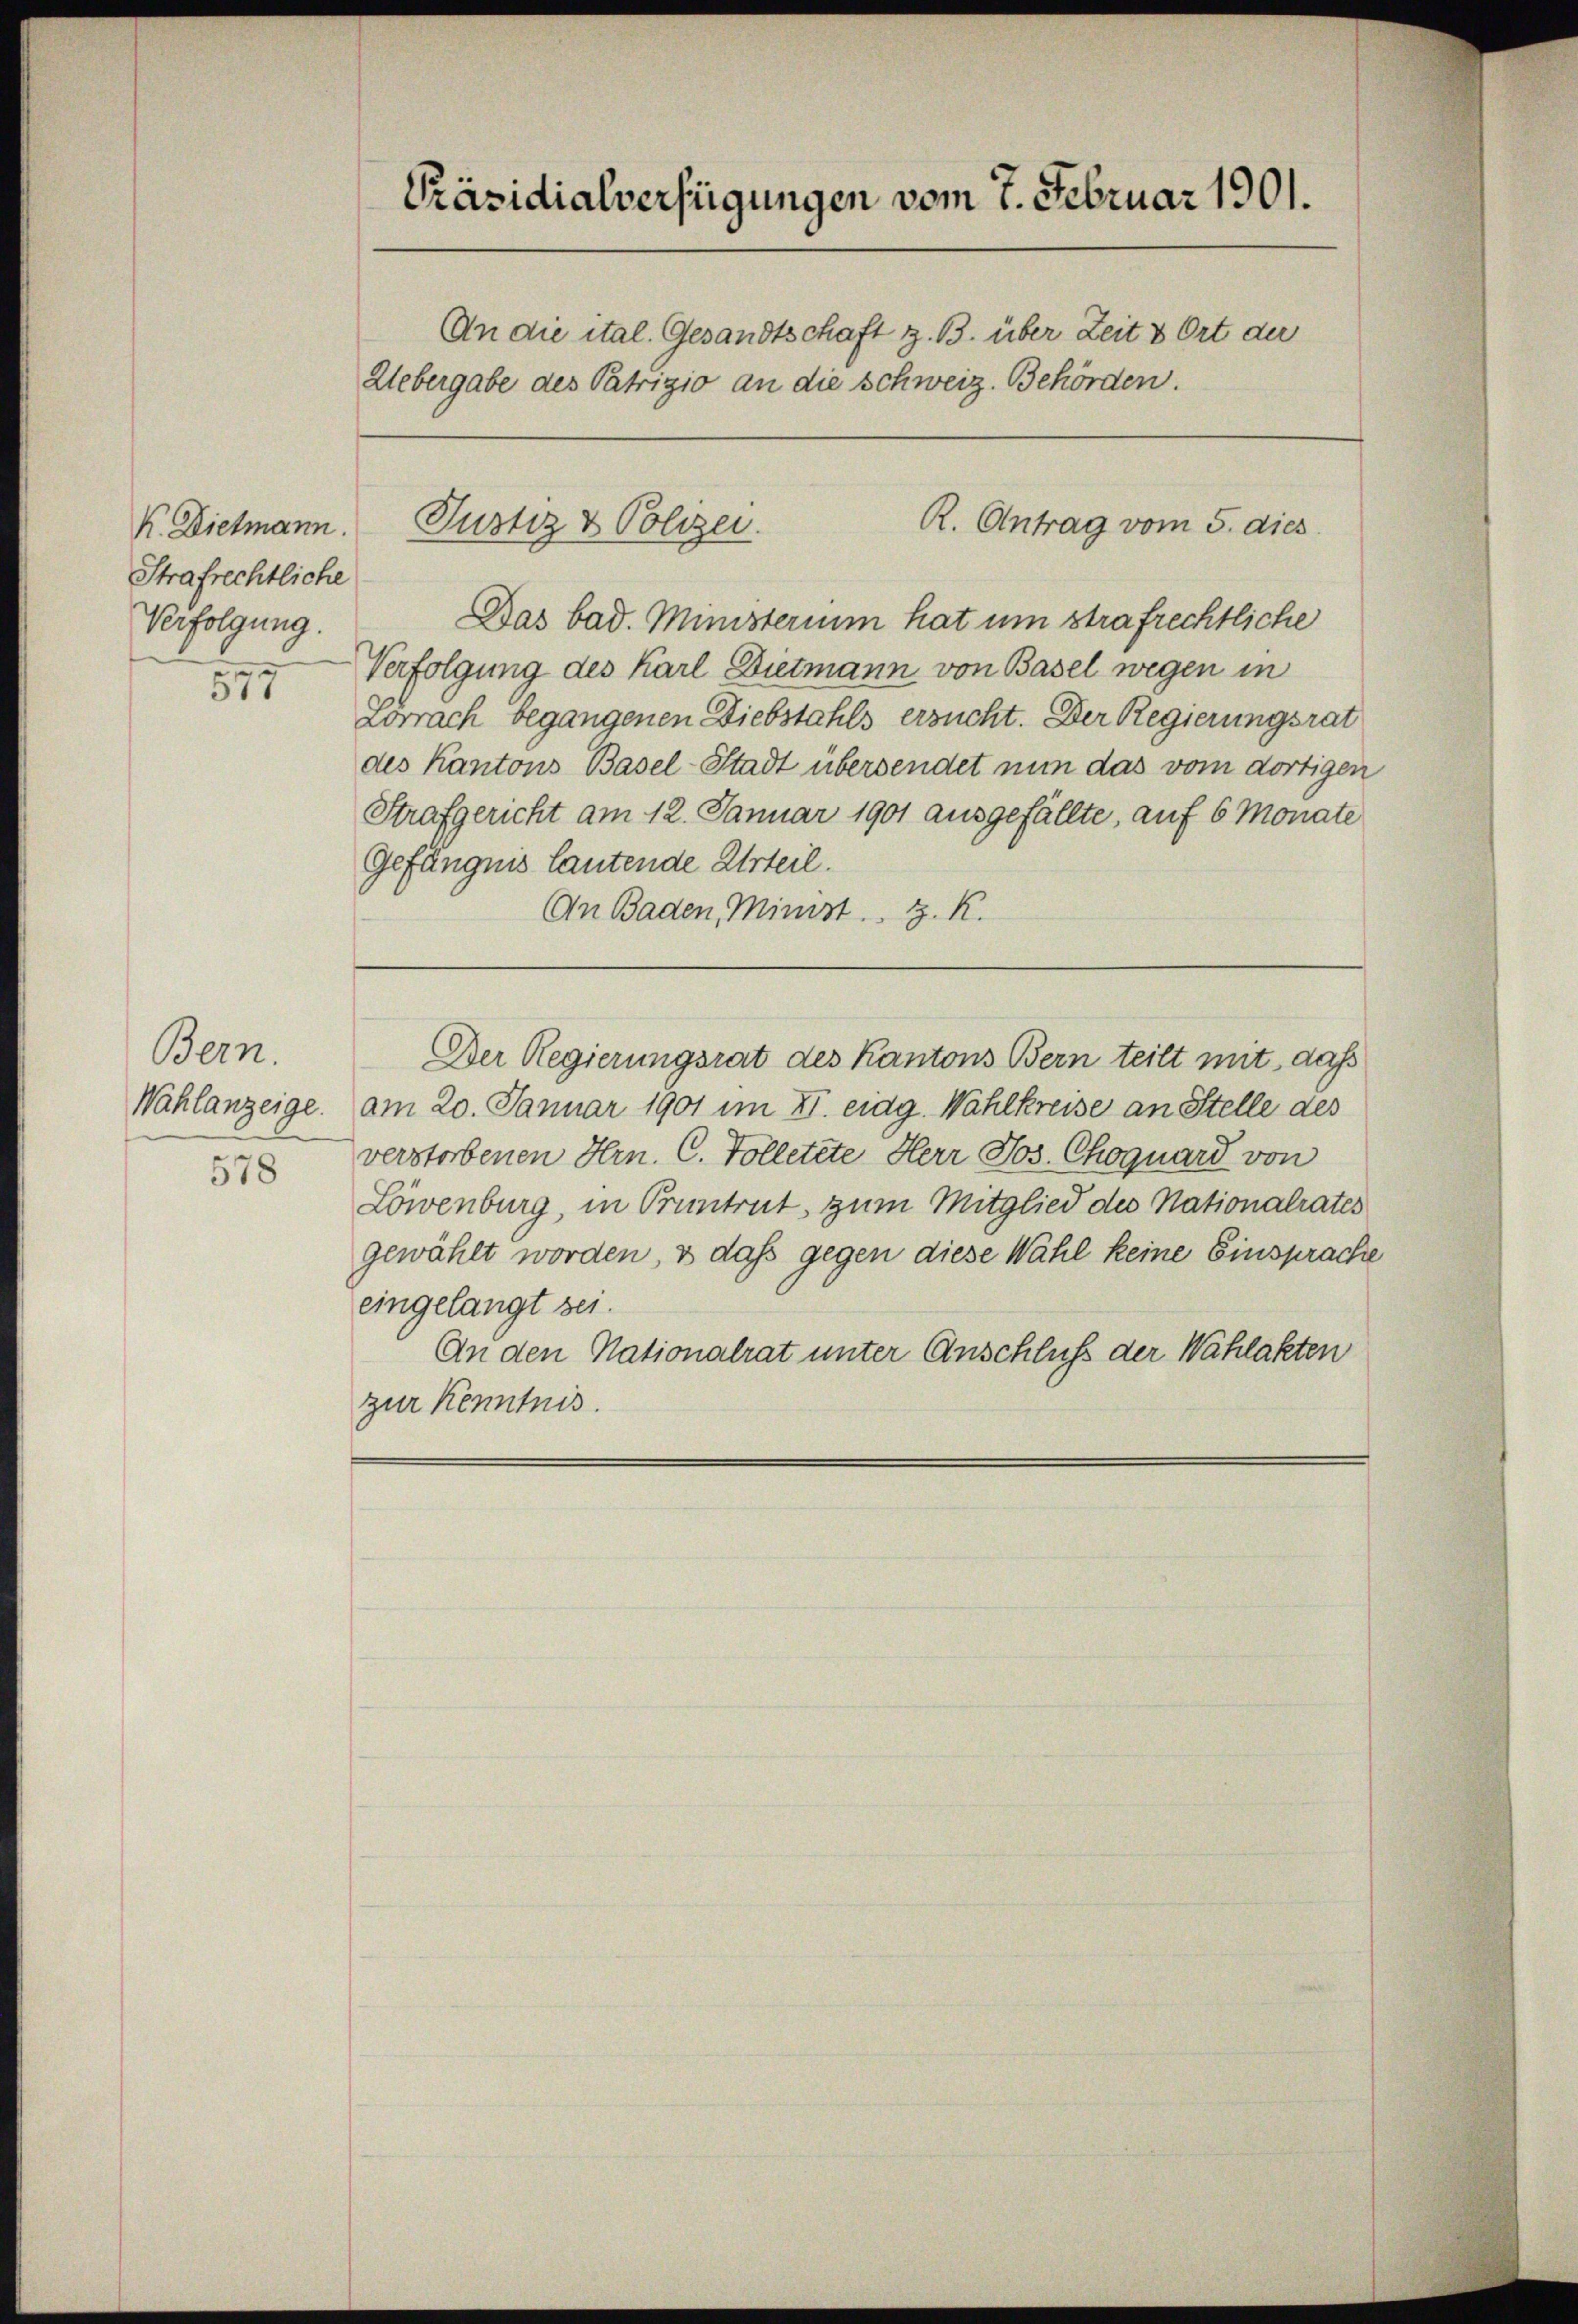
K. Dielmann.
Strafrechtliche
Verfolgung.

577

Bern.
Wahlanzeige.
578

Präsidialverfügungen vom 7. Februar 1901.
An die ital. Gesandtschaft z. B. über Zeit & Ort du
Uebergabe des Patrizio an die Schweiz. Behörden.

R. Antrag vom 5. dies
Justiz & Polizei.

Das bad. Ministerium hat um strafrechtliche
Verfolgung des Karl Dietmann von Basel wegen in
Lörrach begangenen Diebstahls ersucht. Der Regierungsrat
des Kantons Basel-Stadt übersendet nun das vom dortigen
Strafgericht am 12. Januar 1901 ausgefällte, auf 6 Monate
Gefängnis lautende Urteil.
An Baden, Minist. H. R.

Der Regierungsrat des Kantons Bern teilt mit das
am 20. Januar 1901 im II. eidg. Wahlkreise an Stelle des
verstorbenen Hrn. C. Tolletete Herr Jos. Choguard von
Löwenburg, in Pruntrut zum Mitglied des Nationalrates
gewählt worden, & daß gegen diese Wahl keine Einsprache
eingelangt sei.
An den Nationalrat unter Anschluß der Wahlakten
zur Kenntnis.